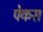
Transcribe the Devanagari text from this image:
पेकस